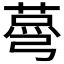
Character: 𦷆